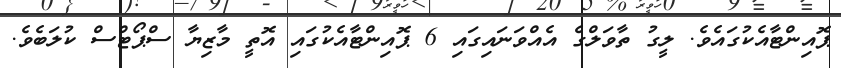
ޕޮއިންޓާއެކުގައެވެ. ލީގު ތާވަލްގެ އެއްވަނައިގައި 6 ޕޮއިންޓާއެކުގައި އޮތީ މާޒިޔާ ސްޕޯޓްސް ކުލަބެވެ.